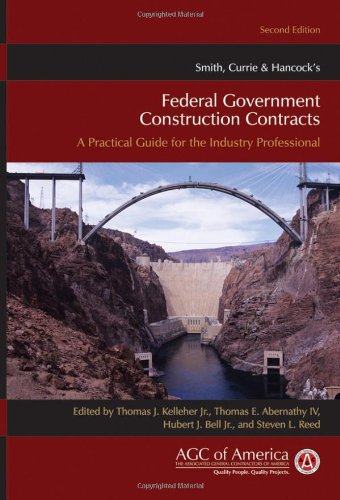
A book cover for Smith, Currie & Hancock's Federal Government Construction Contracts: A Practical Guide for the Industry Professional; Thomas J. Kelleher Jr.; Law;